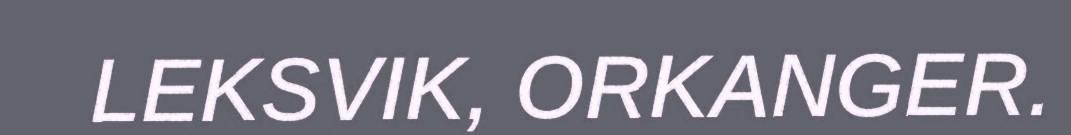
LEKSVIK, ORKANGER.